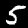
Digit: 5